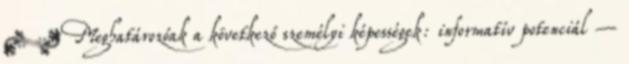
 Meghatározóak a következő személyi képességek: informatív potenciál –